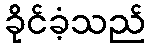
ခိုင်ခံ့သည်